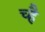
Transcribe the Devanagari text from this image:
च्है